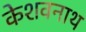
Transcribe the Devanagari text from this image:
केशवनाथ